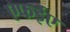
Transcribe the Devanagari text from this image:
एफईए